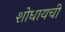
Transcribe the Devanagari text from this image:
शोधायची